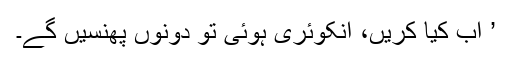
’ اب کیا کریں، انکوئری ہوئی تو دونوں پھنسیں گے۔